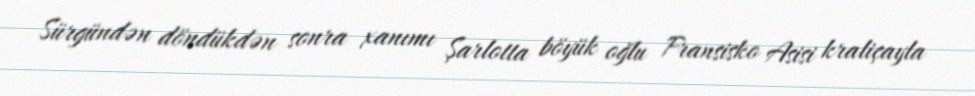
Sürgündən döndükdən sonra xanımı Şarlotta böyük oğlu Fransisko Asisi kraliçayla